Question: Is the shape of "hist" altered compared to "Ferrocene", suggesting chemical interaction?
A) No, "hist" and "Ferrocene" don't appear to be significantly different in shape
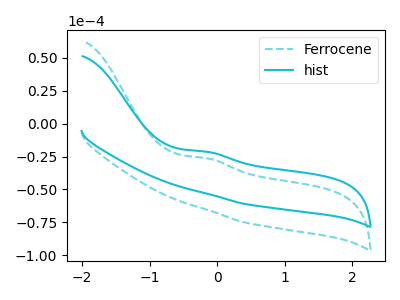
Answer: <think>The cyan dashed curve "Ferrocene" has an anodic peak at: (-0.15V, -26.30uA). The cyan curve "hist" has an anodic peak at: (-0.15V, -21.35uA).
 All the peaks in "hist" have a peak in "Ferrocene" at the same potential. Every peak in "hist" is higher than every peak in "Ferrocene".</think>
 <answer>A) No, "hist" and "Ferrocene" don't appear to be significantly different in shape</answer>
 <eval>A</eval>